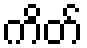
ကိတ်